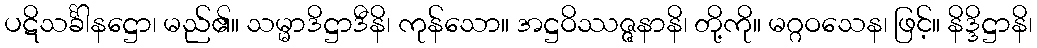
ပဋိသင်္ခါနဋ္ဌော၊ မည်၏။ သမ္မာဒိဋ္ဌာဒီနိ၊ ကုန်သော။ အဋ္ဌဝိဿဇ္ဇနာနိ၊ တို့ကို။ မဂ္ဂဝသေန၊ ဖြင့်။ နိဒ္ဒိဋ္ဌာနိ၊